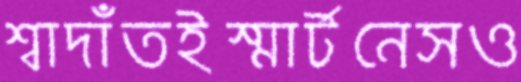
শ্বাদাঁতইস্মার্টনেসও